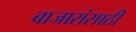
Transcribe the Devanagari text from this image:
बाजारांसाठी